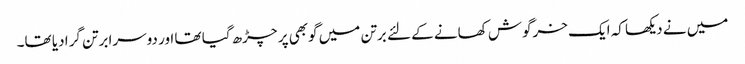
میں نے دیکھا کہ ایک خرگوش کھانے کے لئے برتن میں گوبھی پر چڑھ گیا تھا اور دوسرا برتن گرا دیا تھا۔